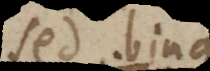
sed bina